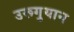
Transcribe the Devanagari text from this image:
उरूगुयान